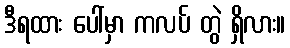
ဒီရထား ပေါ်မှာ ကလပ် တွဲ ရှိလား။